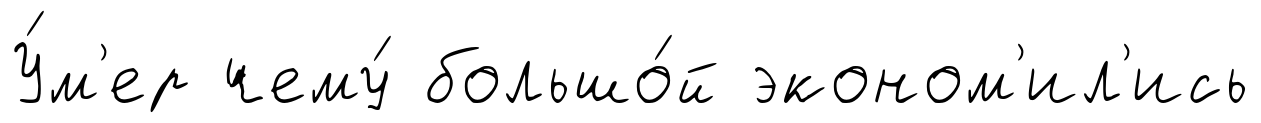
У́м'ер чему́ большо́й эконом'ил'ись